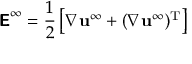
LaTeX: { \boldsymbol { \mathsf { E } } } ^ { \infty } = { \frac { 1 } { 2 } } \left[ { \boldsymbol { \nabla } } \mathbf { u } ^ { \infty } + ( { \boldsymbol { \nabla } } \mathbf { u } ^ { \infty } ) ^ { \mathrm { T } } \right]